Civil Veterinary Department Bihar reports 1940-50 - 1940-1950
Year: 1940
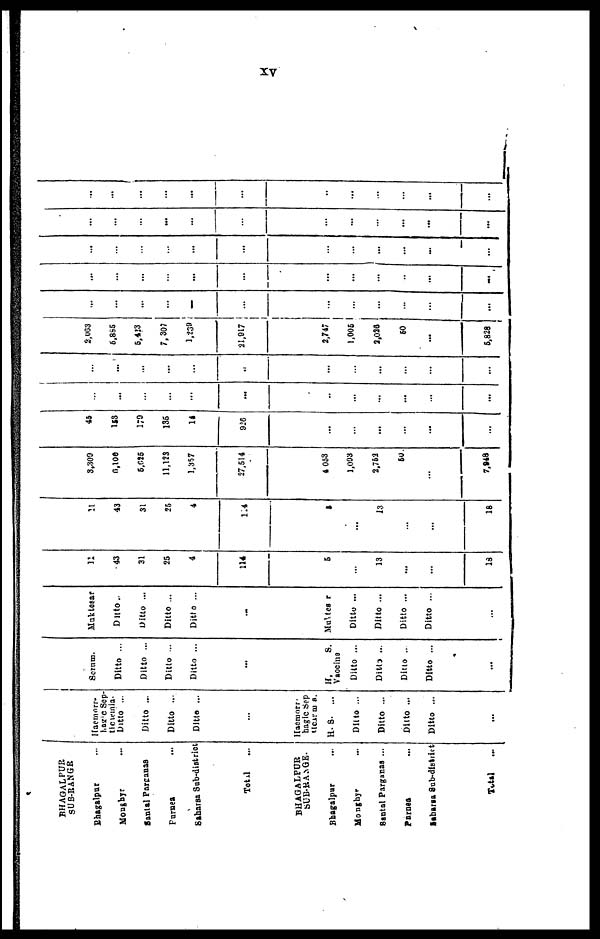
XV
BHAGALPUR
SUB-RANGR
Bhagalpur ...
Monghyr ...
Santal Parganas
Purnea ...
Saharsa Sub-district
Total ...
BHAGALPUR
SUB-RANGE.
Bhagalpur ..
Monghyr ...
Santal Parganas ...
Parnea ...
Saharsa Sub-district
Total
...
Haemorr-
hagic Sep-
ticaemia
Ditto ...
Ditto ...
Ditto ...
Ditto ...
...
Haemorr-
hagic Sep
ticaemia
H. S. ...
Ditto ...
Ditto ...
Ditto ...
Ditto ...
...
Serum.
Ditto ...
Ditto ...
Ditto ...
Ditto ...
...
H.
S.
Vaocine
Ditto ...
Ditto ...
Ditto ..
Ditto ...
...
Muktesar
Ditto..
Ditto ...
Ditto ...
Ditto ...
...
Multesar
Ditto ...
Ditto ...
Ditto ...
Ditto ...
...
11
43
31
25
4
114
6
...
13
...
...
18
11
43
31
25
4
1.4
5
...
13
...
...
18
8,300
6,109
5,625
11,123
1,357
27,514
4 053
1,093
2,752
50
...
7,948
45
1SS
173
136
14
926
...
...
...
...
...
...
...
...
...
...
...
...
...
...
...
...
...
...
...
...
...
...
...
..
...
...
...
...
...
...
2,003
5,885
5,423
7,307
1,239
21,917
2,747
1,005
2,026
60
...
5,828
...
...
...
...
...
...
...
...
...
...
...
...
...
...
...
...
...
...
...
...
...
...
...
...
...
...
...
...
...
...
...
...
...
...
...
...
...
...
...
...
...
...
...
...
...
...
...
...
...
...
...
...
...
...
...
...
...
...
...
...